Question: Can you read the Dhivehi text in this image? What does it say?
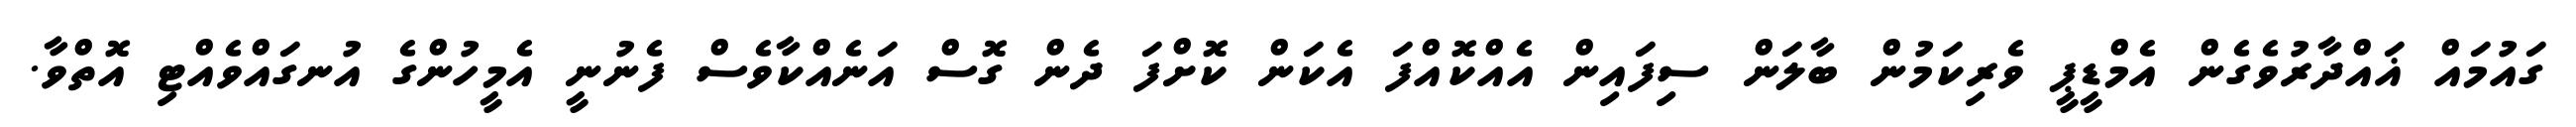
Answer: ގައުމައް ޣައްދާރުވެގެން އެމްޑީޕީ ވެރިކަމުން ބާލަން ސިފައިން އެއްކޮއްފަ އެކަން ކޮށްފަ ދެން ގޮސް އަނެއްކާވެސް ފެނުނީ އެމީހުންގެ އުނގައްވެއްޓި އޮތްވާ.